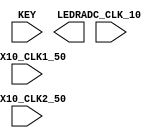

//=======================================================
//  This code is generated by Terasic System Builder
//=======================================================

module BinaryCounter(

	//////////// CLOCK //////////
	input 		          		ADC_CLK_10,
	input 		          		MAX10_CLK1_50,
	input 		          		MAX10_CLK2_50,

	//////////// KEY //////////
	input 		     [1:0]		KEY,

	//////////// LED //////////
	output		     [9:0]		LEDR
);



//=======================================================
//  REG/WIRE declarations
//=======================================================




//=======================================================
//  Structural coding
//=======================================================



endmodule